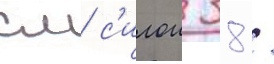
см с'илои 38 /